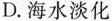
D.海水淡化